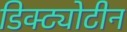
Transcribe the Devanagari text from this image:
डिक्ट्योटीन